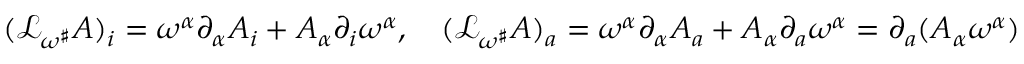
\begin{array} { r } { ( \mathcal { L } _ { \omega ^ { \sharp } } A ) _ { i } = \omega ^ { \alpha } \partial _ { \alpha } A _ { i } + A _ { \alpha } \partial _ { i } \omega ^ { \alpha } , \quad ( \mathcal { L } _ { \omega ^ { \sharp } } A ) _ { a } = \omega ^ { \alpha } \partial _ { \alpha } A _ { a } + A _ { \alpha } \partial _ { a } \omega ^ { \alpha } = \partial _ { a } ( A _ { \alpha } \omega ^ { \alpha } ) } \end{array}